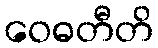
ဝေဓတီတိ